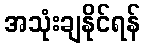
အသုံးချနိုင်ရန်